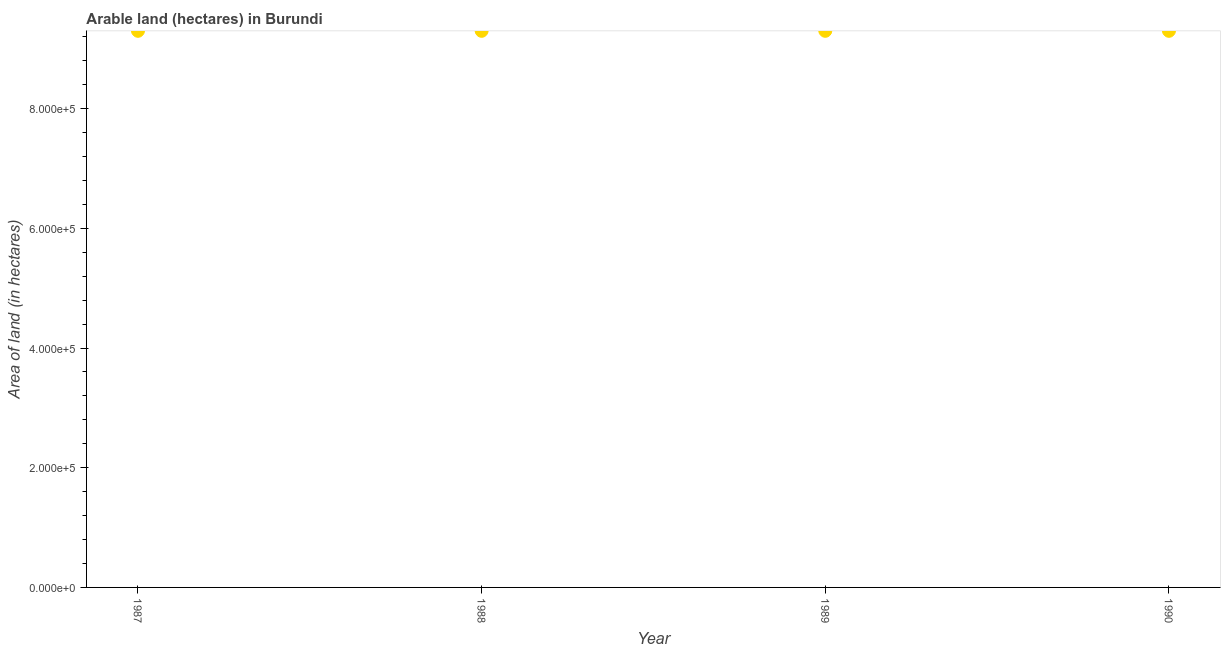
| Year | Area of land |
 | --- | --- |
 | 1987 | 9.3e+05 |
 | 1988 | 9.3e+05 |
 | 1989 | 9.3e+05 |
 | 1990 | 9.3e+05 |